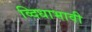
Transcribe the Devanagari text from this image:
व्दिधाभावी